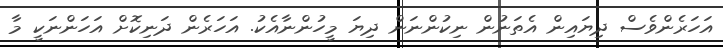
އަހަރެންވެސް ދިޔައިން އެތަނުން ނިކުންނަން ދިޔަ މީހުންނާއެކު. އަހަރެން ދަނިކޮށް އަހަންނަކީ މާ